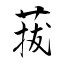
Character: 菝